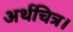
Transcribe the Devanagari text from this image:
अर्थचित्र।